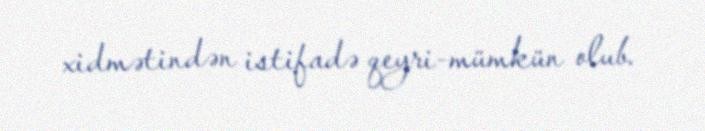
xidmətindən istifadə qeyri-mümkün olub.